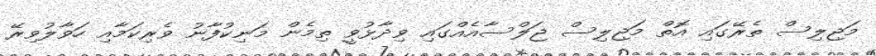
މަޖިލިސް ތެރޭގައި އޮތް މަޖިލިސް ޖަލްސާއެއްގައި ވިދާޅުވީ ތިމެން މަނިކުފާނު ވެރިކަމާއި ހަވާލުވިރޭ